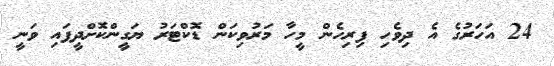
24 އަހަރުގެ އެ ދިވެހި ފިރިހެން މީހާ މަރުވިކަން ޑޮކްޓަރު ޔަގީންކޮށްދީފައި ވަނީ